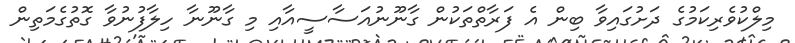
މިލްކުވެރިކަމުގެ ދަށުގައިވާ ބިން އެ ފަރާތްތަކުން ގާނޫނުއަސާސީއާއި މި ގާނޫނާ ހިލާފުނުވާ ގޮތުގެމަތިން